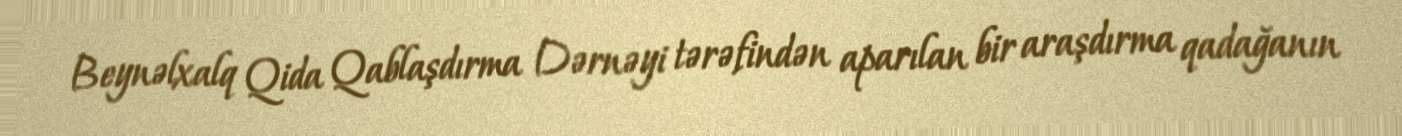
Beynəlxalq Qida Qablaşdırma Dərnəyi tərəfindən aparılan bir araşdırma qadağanın